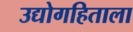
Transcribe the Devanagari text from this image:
उद्योगहिताला